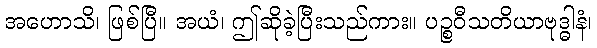
အဟောသိ၊ ဖြစ်ပြီ။ အယံ၊ ဤဆိုခဲ့ပြီးသည်ကား။ ပဉ္စဝီသတိယာဗုဒ္ဓါနံ၊